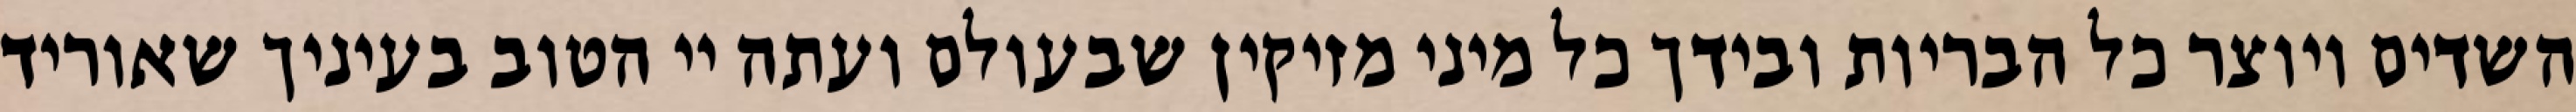
השדים ויוצר כל הבריות ובידך כל מיני מזיקין שבעולם ועתה יי הטוב בעיניך שאוריד